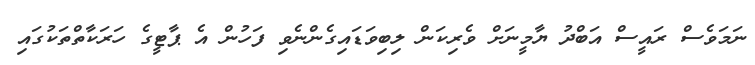
ނަމަވެސް ރައީސް އަބްދު ޔާމީނަށް ވެރިކަން ލިބިވަަޑައިގެންނެވި ފަހުން އެ ޕާޓީގެ ހަރަކާތްތަކުގައި